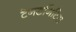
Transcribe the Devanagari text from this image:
टेनडनिटिस